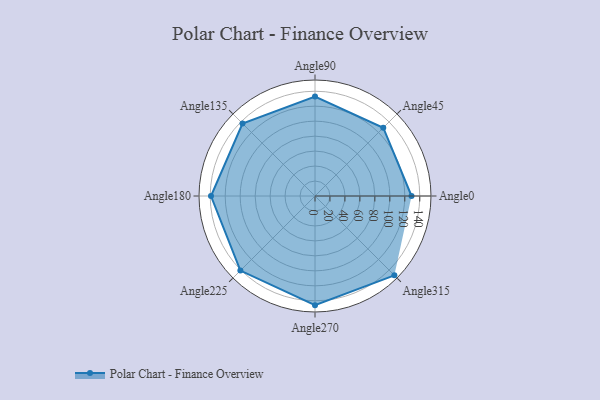
{"axis": {"x": "Angle", "y": "Radius"}, "legend": [""], "data": [{"x": "Angle0", "y": 129.0, "type": ""}, {"x": "Angle45", "y": 129.0, "type": ""}, {"x": "Angle90", "y": 133.0, "type": ""}, {"x": "Angle135", "y": 137.0, "type": ""}, {"x": "Angle180", "y": 139.0, "type": ""}, {"x": "Angle225", "y": 141.0, "type": ""}, {"x": "Angle270", "y": 146.0, "type": ""}, {"x": "Angle315", "y": 150.0, "type": ""}]}